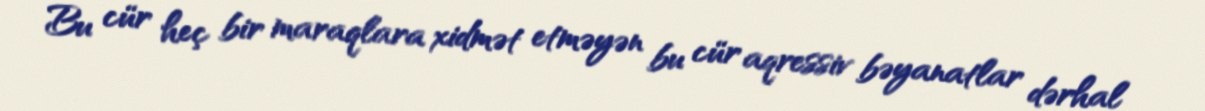
Bu cür heç bir maraqlara xidmət etməyən bu cür aqressiv bəyanatlar dərhal